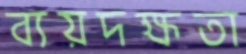
ব্যয়দক্ষতা